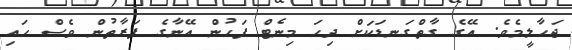
ޖަހާލީމެވެ. އޭގެ ގާތްގަނޑަކަށް ދިހަ މިނެޓް ފަހުން އޭނާގެ ފަރާތުން ވެސް ހައި